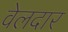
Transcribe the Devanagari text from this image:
वेलदार